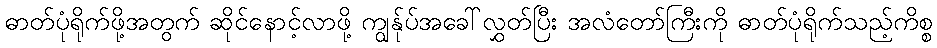
ဓာတ်ပုံရိုက်ဖို့အတွက် ဆိုင်နောင့်လာဖို့ ကျွန်ုပ်အခေါ်လွှတ်ပြီး အလံတော်ကြီးကို ဓာတ်ပုံရိုက်သည့်ကိစ္စ